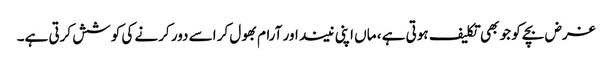
غرض بچے کو جو بھی تکلیف ہوتی ہے ، ماں اپنی نیند اور آرام بھول کر اسے دور کرنے کی کوشش کرتی ہے۔